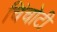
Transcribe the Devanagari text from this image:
चिंचोटी